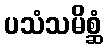
ပသံသမိစ္ဆံ